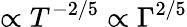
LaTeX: \propto T^{-2/5}\propto\Gamma^{2/5}